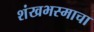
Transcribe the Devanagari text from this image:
शंखभस्माचा